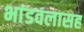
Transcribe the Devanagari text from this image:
भांडवलासह